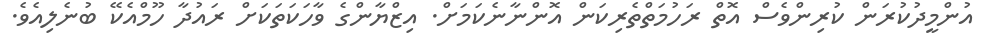
އުންމީދުކުރަން ކުރިންވެސް އޮތް ރަހުމަތްތެރިކަން އޮންނާނެކަމަށް. އިޒްޔާންގެ ވާހަކަތަކަށް ރައުދާ ހޫމްއެކޭ ބުނެލިއެވެ.